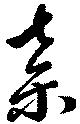
棄